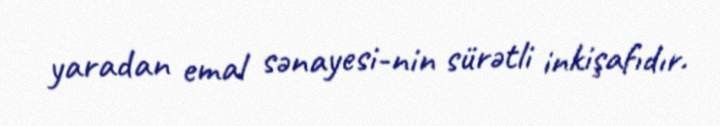
yaradan emal sənayesi­nin sürətli inkişafıdır.